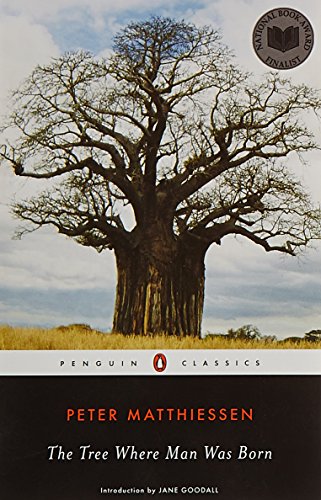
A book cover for The Tree Where Man Was Born (Penguin Classics); Peter Matthiessen; Science & Math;